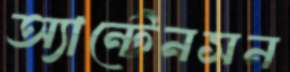
অ্যান্টেনসন